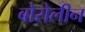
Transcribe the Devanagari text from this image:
बोरोलीन